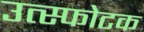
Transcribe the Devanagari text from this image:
उत्स्फोटक